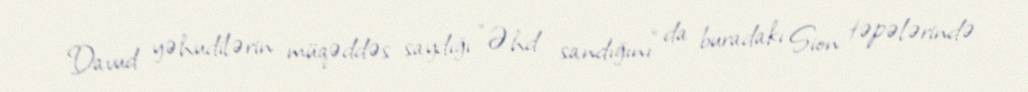
Davud yəhudilərin müqəddəs saydığı "Əhd sandığını" da buradakı Sion təpələrində